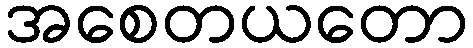
အစေတယတော